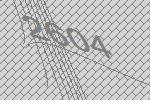
2604